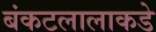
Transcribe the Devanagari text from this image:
बंकटलालाकडे